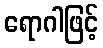
ရောဂါဖြင့်